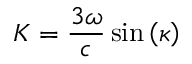
K = \frac { 3 \omega } { c } \sin { \left( \kappa \right) }